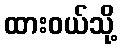
ထားဝယ်သို့